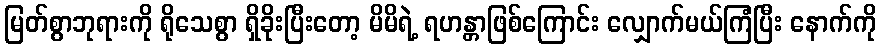
မြတ်စွာဘုရားကို ရိုသေစွာ ရှိခိုးပြီးတော့ မိမိရဲ့ ရဟန္တာဖြစ်ကြောင်း လျှောက်မယ်ကြံပြီး နောက်ကို